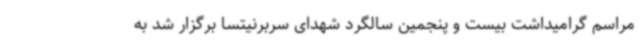
مراسم گرامیداشت بیست و پنجمین سالگرد شهدای سربرنیتسا برگزار شد به